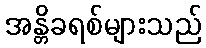
အန္တိခရစ်များသည်